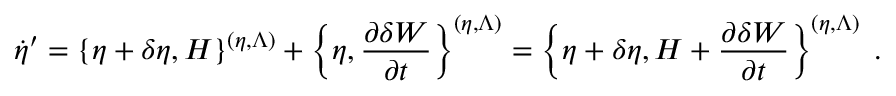
\dot { \eta } ^ { \prime } = \left\{ \eta + \delta \eta , H \right\} ^ { ( \eta , \Lambda ) } + \left\{ \eta , \frac { \partial \delta W } { \partial t } \right\} ^ { ( \eta , \Lambda ) } = \left\{ \eta + \delta \eta , H + \frac { \partial \delta W } { \partial t } \right\} ^ { ( \eta , \Lambda ) } \; .